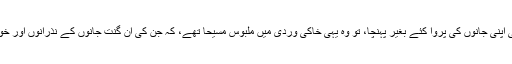
تب ان کی مدد کو اگر کوئی اپنی جانوں کی پروا کئے بغیر پہنچا، تو وہ یہی خاکی وردی میں ملبوس مسیحا تھے، کہ جن کی ان گنت جانوں کے نذرانوں اور خون سے آج وہاں سکون ہے۔